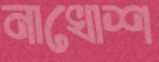
নাখোশ